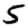
Digit: 5